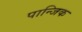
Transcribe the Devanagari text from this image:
पान्जिक